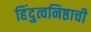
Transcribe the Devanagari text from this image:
हिंदुत्वनिष्ठाची